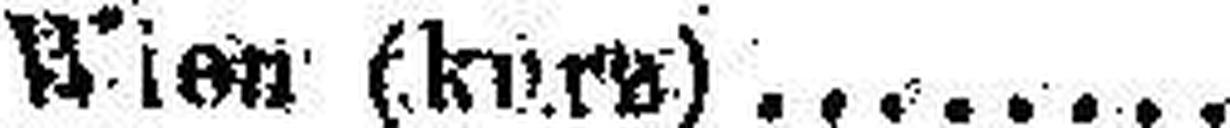
Wien (kurs)